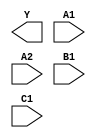
module sky130_fd_sc_hs__o211ai (
    Y ,
    A1,
    A2,
    B1,
    C1
);

    output Y ;
    input  A1;
    input  A2;
    input  B1;
    input  C1;

    // Voltage supply signals
    supply1 VPWR;
    supply0 VGND;

endmodule